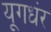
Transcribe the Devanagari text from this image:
यूगधंर